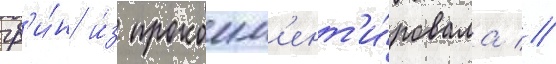
гр'и́н и́з прокомм'ент'и́ровала //